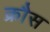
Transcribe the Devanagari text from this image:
क्रौस